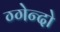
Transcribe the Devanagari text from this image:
ग्गेन्दो